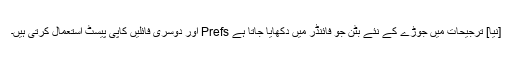
[نیا] ترجیحات میں جوڑے کے نئے بٹن جو فائنڈر میں دکھایا جاتا ہے Prefs اور دوسری فائلیں کاپی پیسٹ استعمال کرتی ہیں۔